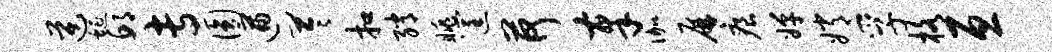
逆蜒邱专圆遒苓扣绡眺筐荷奉伽屏痕婵嫦孚格亘